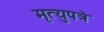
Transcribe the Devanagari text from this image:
मृत्युपत्रे